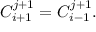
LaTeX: C _ { i + 1 } ^ { j + 1 } = C _ { i - 1 } ^ { j + 1 } .